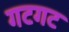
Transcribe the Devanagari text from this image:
गटगट